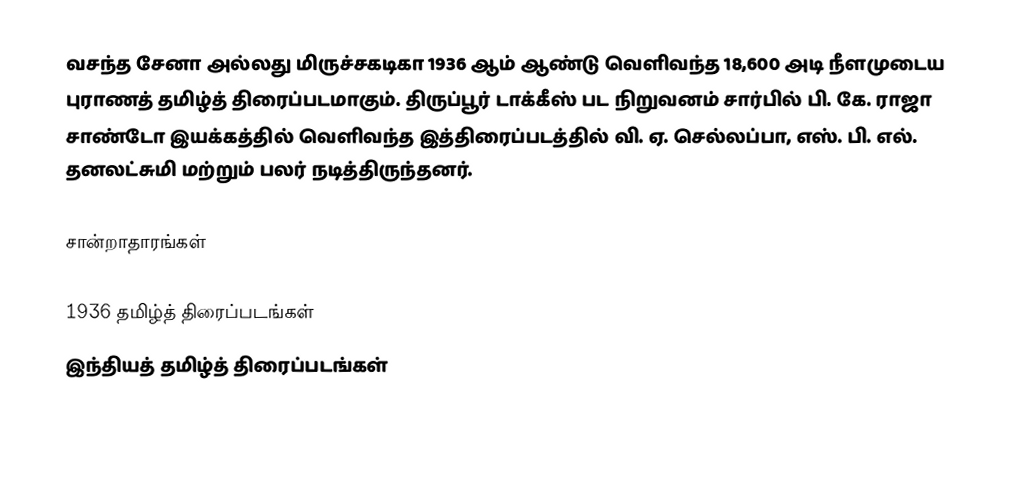
வசந்த சேனா அல்லது மிருச்சகடிகா 1936 ஆம் ஆண்டு வெளிவந்த 18,600 அடி நீளமுடைய புராணத் தமிழ்த் திரைப்படமாகும். திருப்பூர் டாக்கீஸ் பட நிறுவனம் சார்பில் பி. கே. ராஜா சாண்டோ இயக்கத்தில் வெளிவந்த இத்திரைப்படத்தில் வி. ஏ. செல்லப்பா, எஸ். பி. எல். தனலட்சுமி மற்றும் பலர் நடித்திருந்தனர்.

சான்றாதாரங்கள்

1936 தமிழ்த் திரைப்படங்கள்
இந்தியத் தமிழ்த் திரைப்படங்கள்